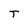
Character: T